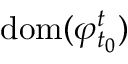
\mathrm { d o m } ( \varphi _ { t _ { 0 } } ^ { t } )